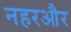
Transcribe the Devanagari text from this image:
नहरऔर